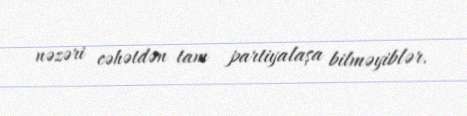
nəzəri cəhətdən tam partiyalaşa bilməyiblər.